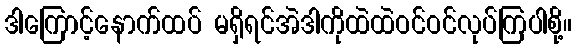
ဒါကြောင့်နောက်ထပ် မရှိရင်အဲဒါကိုထဲထဲဝင်ဝင်လုပ်ကြပါစို့။